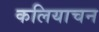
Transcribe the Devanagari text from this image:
कलियाचन